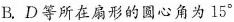
B. D等所在扇形的圆心角为15^{\circ}